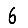
Digit: 6